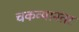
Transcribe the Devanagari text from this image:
चकव्यानंतर